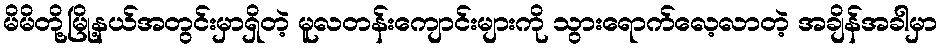
မိမိတို့မြို့နယ်အတွင်းမှာရှိတဲ့ မူလတန်းကျောင်းများကို သွားရောက်လေ့လာတဲ့ အချိန်အခါမှာ